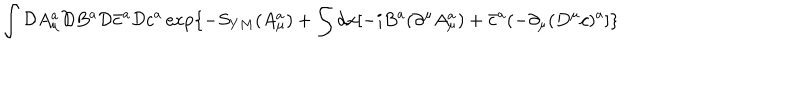
\int { \cal D } A _ { \mu } ^ { a } { \cal D } B ^ { a } { \cal D } \bar { c } ^ { a } { \cal D } c ^ { a } \exp \{ - S _ { Y M } ( A _ { \mu } ^ { a } ) + \int d x [ - i B ^ { a } ( \partial ^ { \mu } A _ { \mu } ^ { a } ) + \bar { c } ^ { a } ( - \partial _ { \mu } ( D ^ { \mu } c ) ^ { a } ] \}